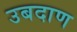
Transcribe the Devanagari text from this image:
उबदाण